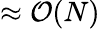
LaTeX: \approx\mathcal{O}(N)